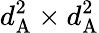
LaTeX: d_{\mathrm{A}}^{2}\times d_{\mathrm{A}}^{2}